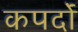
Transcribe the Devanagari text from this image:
कपर्दों